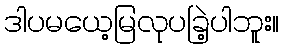
ဒါပမယေ့မြလုပခြဲ့ပါဘူး။